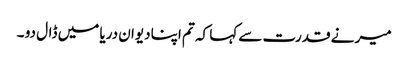
میر نے قدرت سے کہا کہ تم اپنا دیوان دریا میں ڈال دو ۔